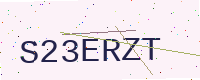
Text: S23ERZT